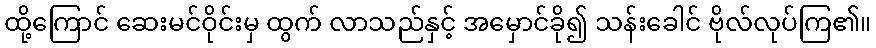
ထို့ကြောင် ဆေးမင်ဝိုင်းမှ ထွက် လာသည်နှင့် အမှောင်ခို၍ သန်းခေါင် ဗိုလ်လုပ်ကြ၏။